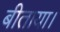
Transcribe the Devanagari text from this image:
बीताया।